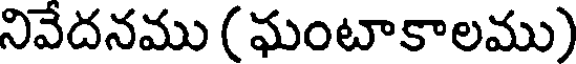
నివేదనము (ఘంటాకాలము)